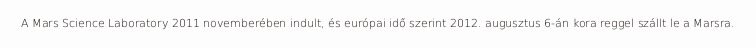
A Mars Science Laboratory 2011 novemberében indult, és európai idő szerint 2012. augusztus 6-án kora reggel szállt le a Marsra.